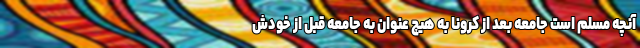
آنچه مسلم است جامعه بعد از کرونا به هیچ عنوان به جامعه قبل از خودش